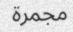
مجمرة